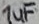
Text: 1uF